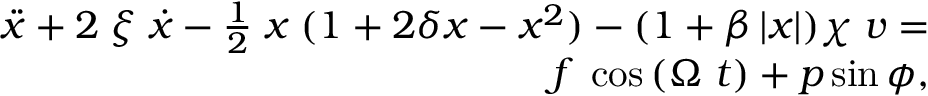
\begin{array} { r } { \ddot { \mathnormal { x } } + 2 \; \xi \; \dot { \mathnormal { x } } - \frac { 1 } { 2 } \; \mathnormal { x } \; ( 1 + 2 \delta \mathnormal { x } - \mathnormal { x } ^ { 2 } ) - ( 1 + \beta \left| x \right| ) \chi \; \mathnormal { v } = } \\ { \mathnormal { f } \; \cos { \left( \Omega \; t \right) } + \mathnormal { p } \sin { \phi } , } \end{array}